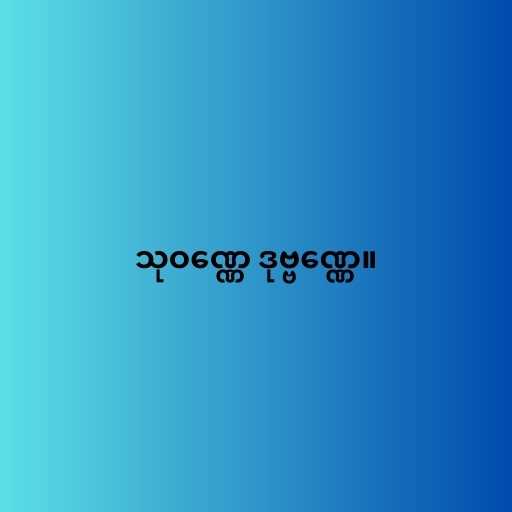
သုဝဏ္ဏေ ဒုဗ္ဗဏ္ဏေ။